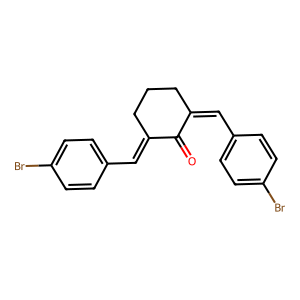
SMILES: O=C1C(=Cc2ccc(Br)cc2)CCCC1=Cc1ccc(Br)cc1
Inhibits HIV replication: No